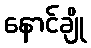
နောင်ချို